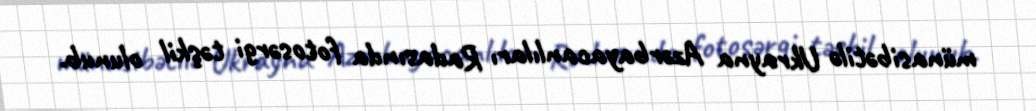
münasibətilə Ukrayna Azərbayacanlıları Radasında fotosərgi təşkil olunub.